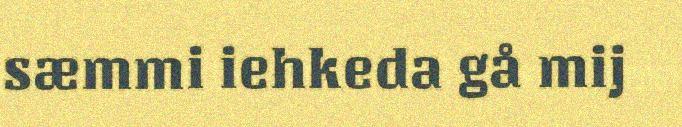
sæmmi iehkeda gå mij